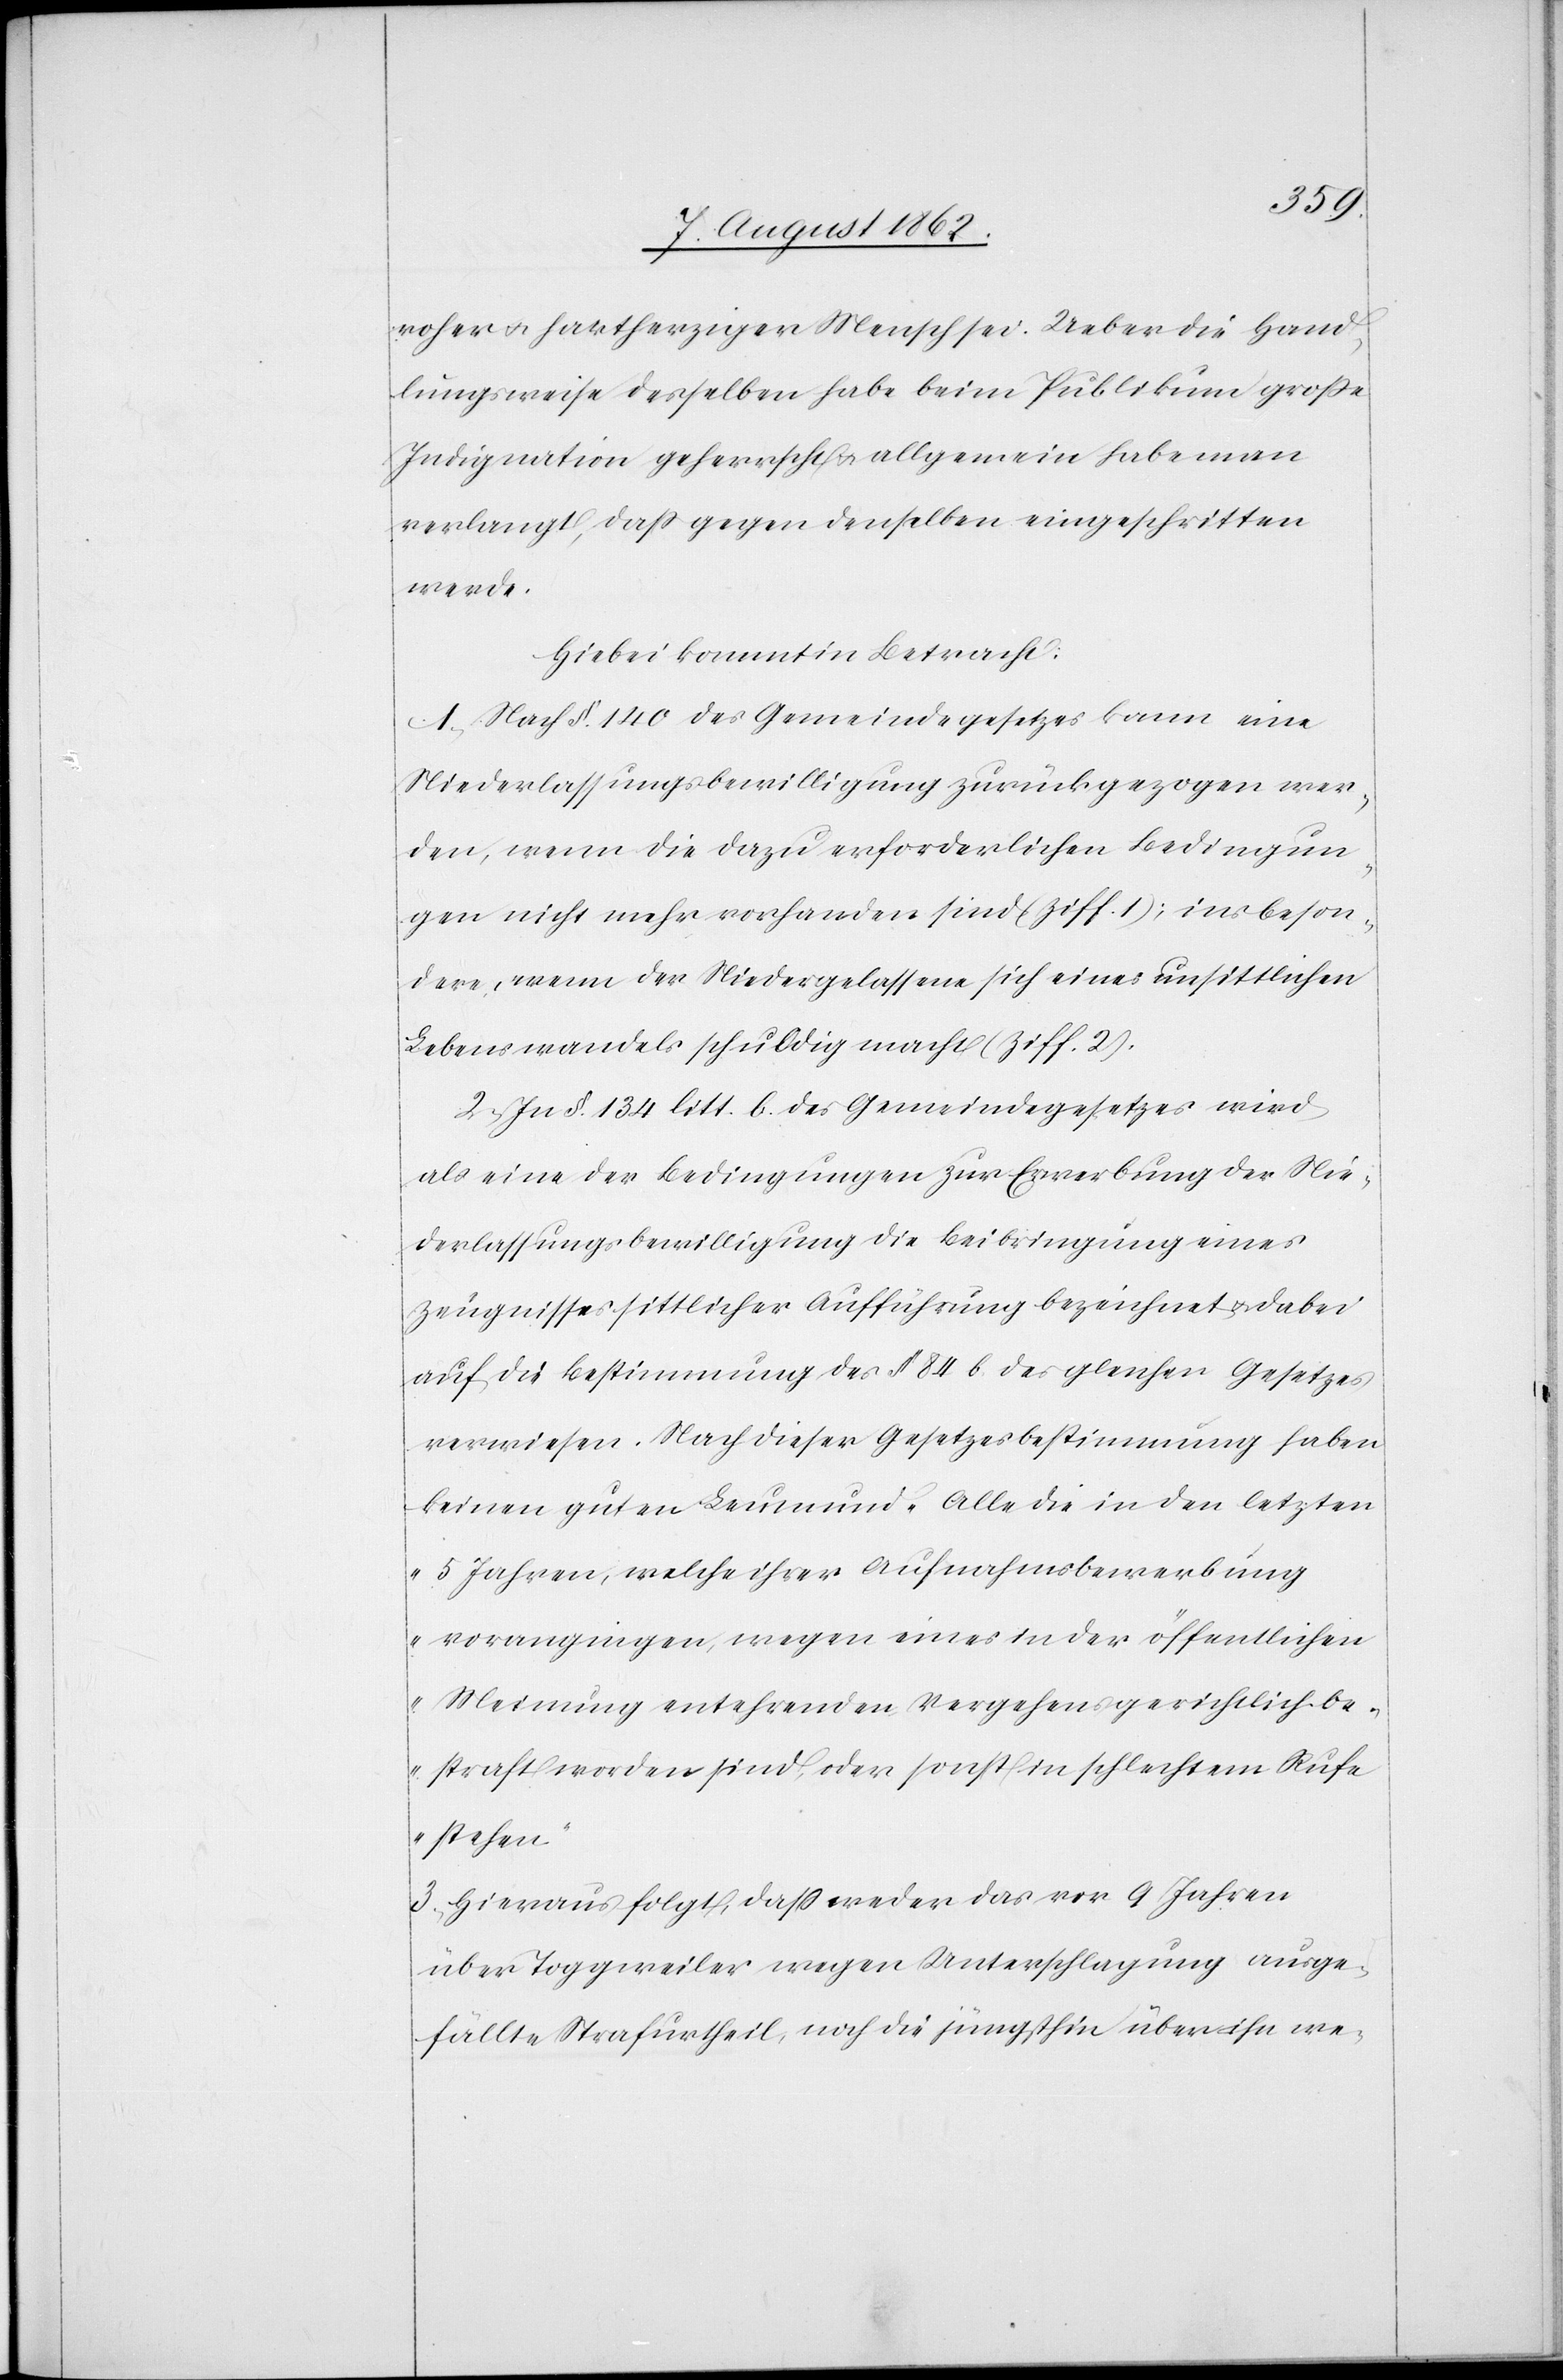
roher u. hartherziger Mensch sei. Ueber die Hand¬
lungsweise desselben habe beim Publikum große
Indignation geherrscht u. allgemein habe man
verlangt, daß gegen denselben eingeschritten
werde.
Hiebei kommt in Betracht:
1. Nach §. 140 des Gemeindegesetzes kann eine
Niederlassungsbewilligung zurückgezogen wer¬
den, wenn die dazu erforderlichen Bedingun¬
gen nicht mehr vorhanden sind (Ziff. 1); insbeson¬
dere, wenn der Niedergelassene sich eines unsittlichen
Lebenswandels schuldig macht (Ziff. 2).
2. In §. 134 litt. b des Gemeindegesetzes wird
als eine der Bedingungen zur Erwerbung der Nie¬
derlassungsbewilligung die Beibringung eines
Zeugnisses sittlicher Aufführung bezeichnet u. dabei
auf die Bestimmung des §. 84 b. des gleichen Gesetzes
verwiesen. Nach dieser Gesetzesbestimmung haben
keinen guten Leumund „Alle die in den letzten
5 Jahren, welche ihrer Aufnahmsbewerbung
vorangingen, wegen eines in der öffentlichen
Meinung entehrenden Vergehens gerichtlich be¬
straft worden sind, oder sonst in solchem Rufe
stehen.“
3. Hieraus folgt, daß weder das vor 9 Jahren
über Toggweiler wegen Unterschlagung ausge¬
fällte Strafurtheil, noch die jüngsthin über ihn we-